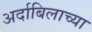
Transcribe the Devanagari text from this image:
अर्दाबिलाच्या